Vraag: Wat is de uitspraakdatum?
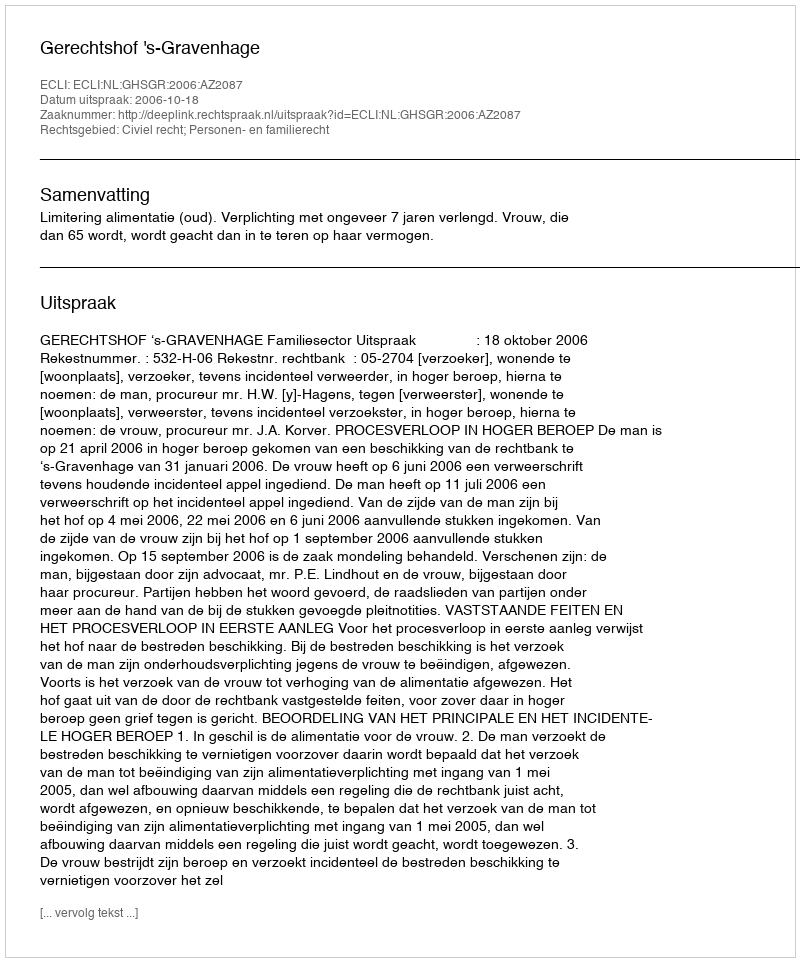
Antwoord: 2006-10-18